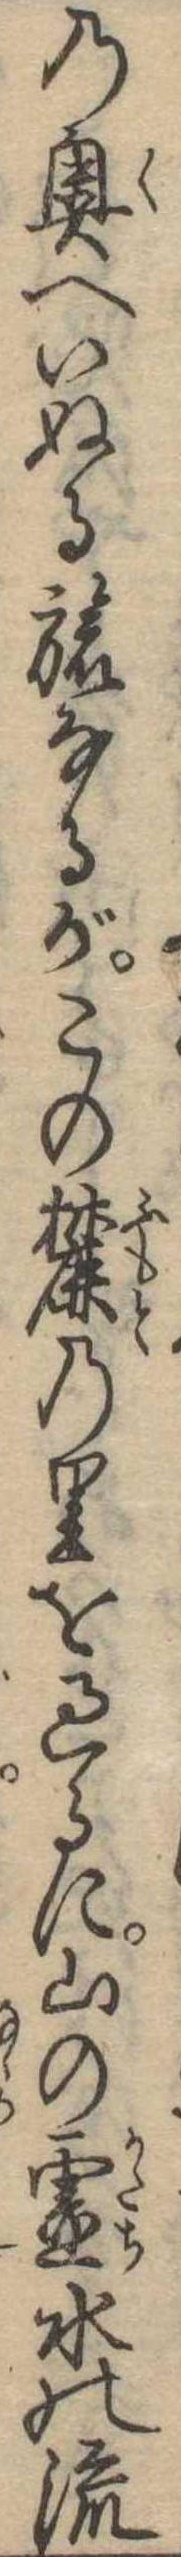
の奥へいぬる旅なるがこの麓の里を過るに山の霊水の流